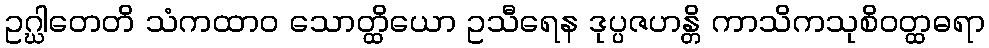
ဥဂ္ဃါတေတိ သံကထာဝ သောတ္ထိယော ဥသီရေန ဒုပ္ပဇဟန္တိ ကာသိကသုစိဝတ္ထဓရာ